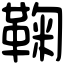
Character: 鞠